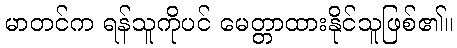
မာတင်က ရန်သူကိုပင် မေတ္တာထားနိုင်သူဖြစ်၏။